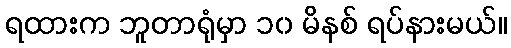
ရထားက ဘူတာရုံမှာ ၁၀ မိနစ် ရပ်နားမယ်။